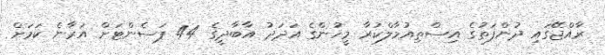
ރާއްޖޭގައި ދުންފަތުގެ އިސްތިއުމާލްކުރާ މީހުންގެ އަދަދު އާބާދީގެ 44 ޕަސެންޓަށް އަރާނެ ކަމަށް